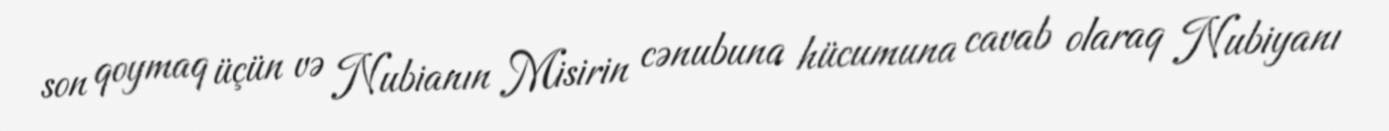
son qoymaq üçün və Nubianın Misirin cənubuna hücumuna cavab olaraq Nubiyanı